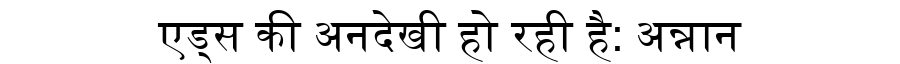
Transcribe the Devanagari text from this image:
एड्स की अनदेखी हो रही है: अन्नान